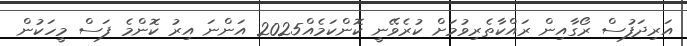
އަރިދަފުސް ރޯގާއިން ރައްކާތެރިވުމަށް ކުރެވޭނީ ކޮންކަމެއް2025 އަންނަ އިރު ކޮންމެ ފަސް މީހަކުން